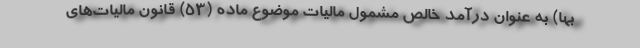
بها) به عنوان درآمد خالص مشمول مالیات موضوع ماده (۵۳) قانون مالیات‌های